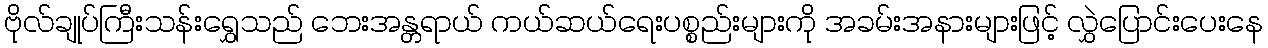
ဗိုလ်ချုပ်ကြီးသန်းရွှေသည် ဘေးအန္တရာယ် ကယ်ဆယ်ရေးပစ္စည်းများကို အခမ်းအနားများဖြင့် လွှဲပြောင်းပေးနေ